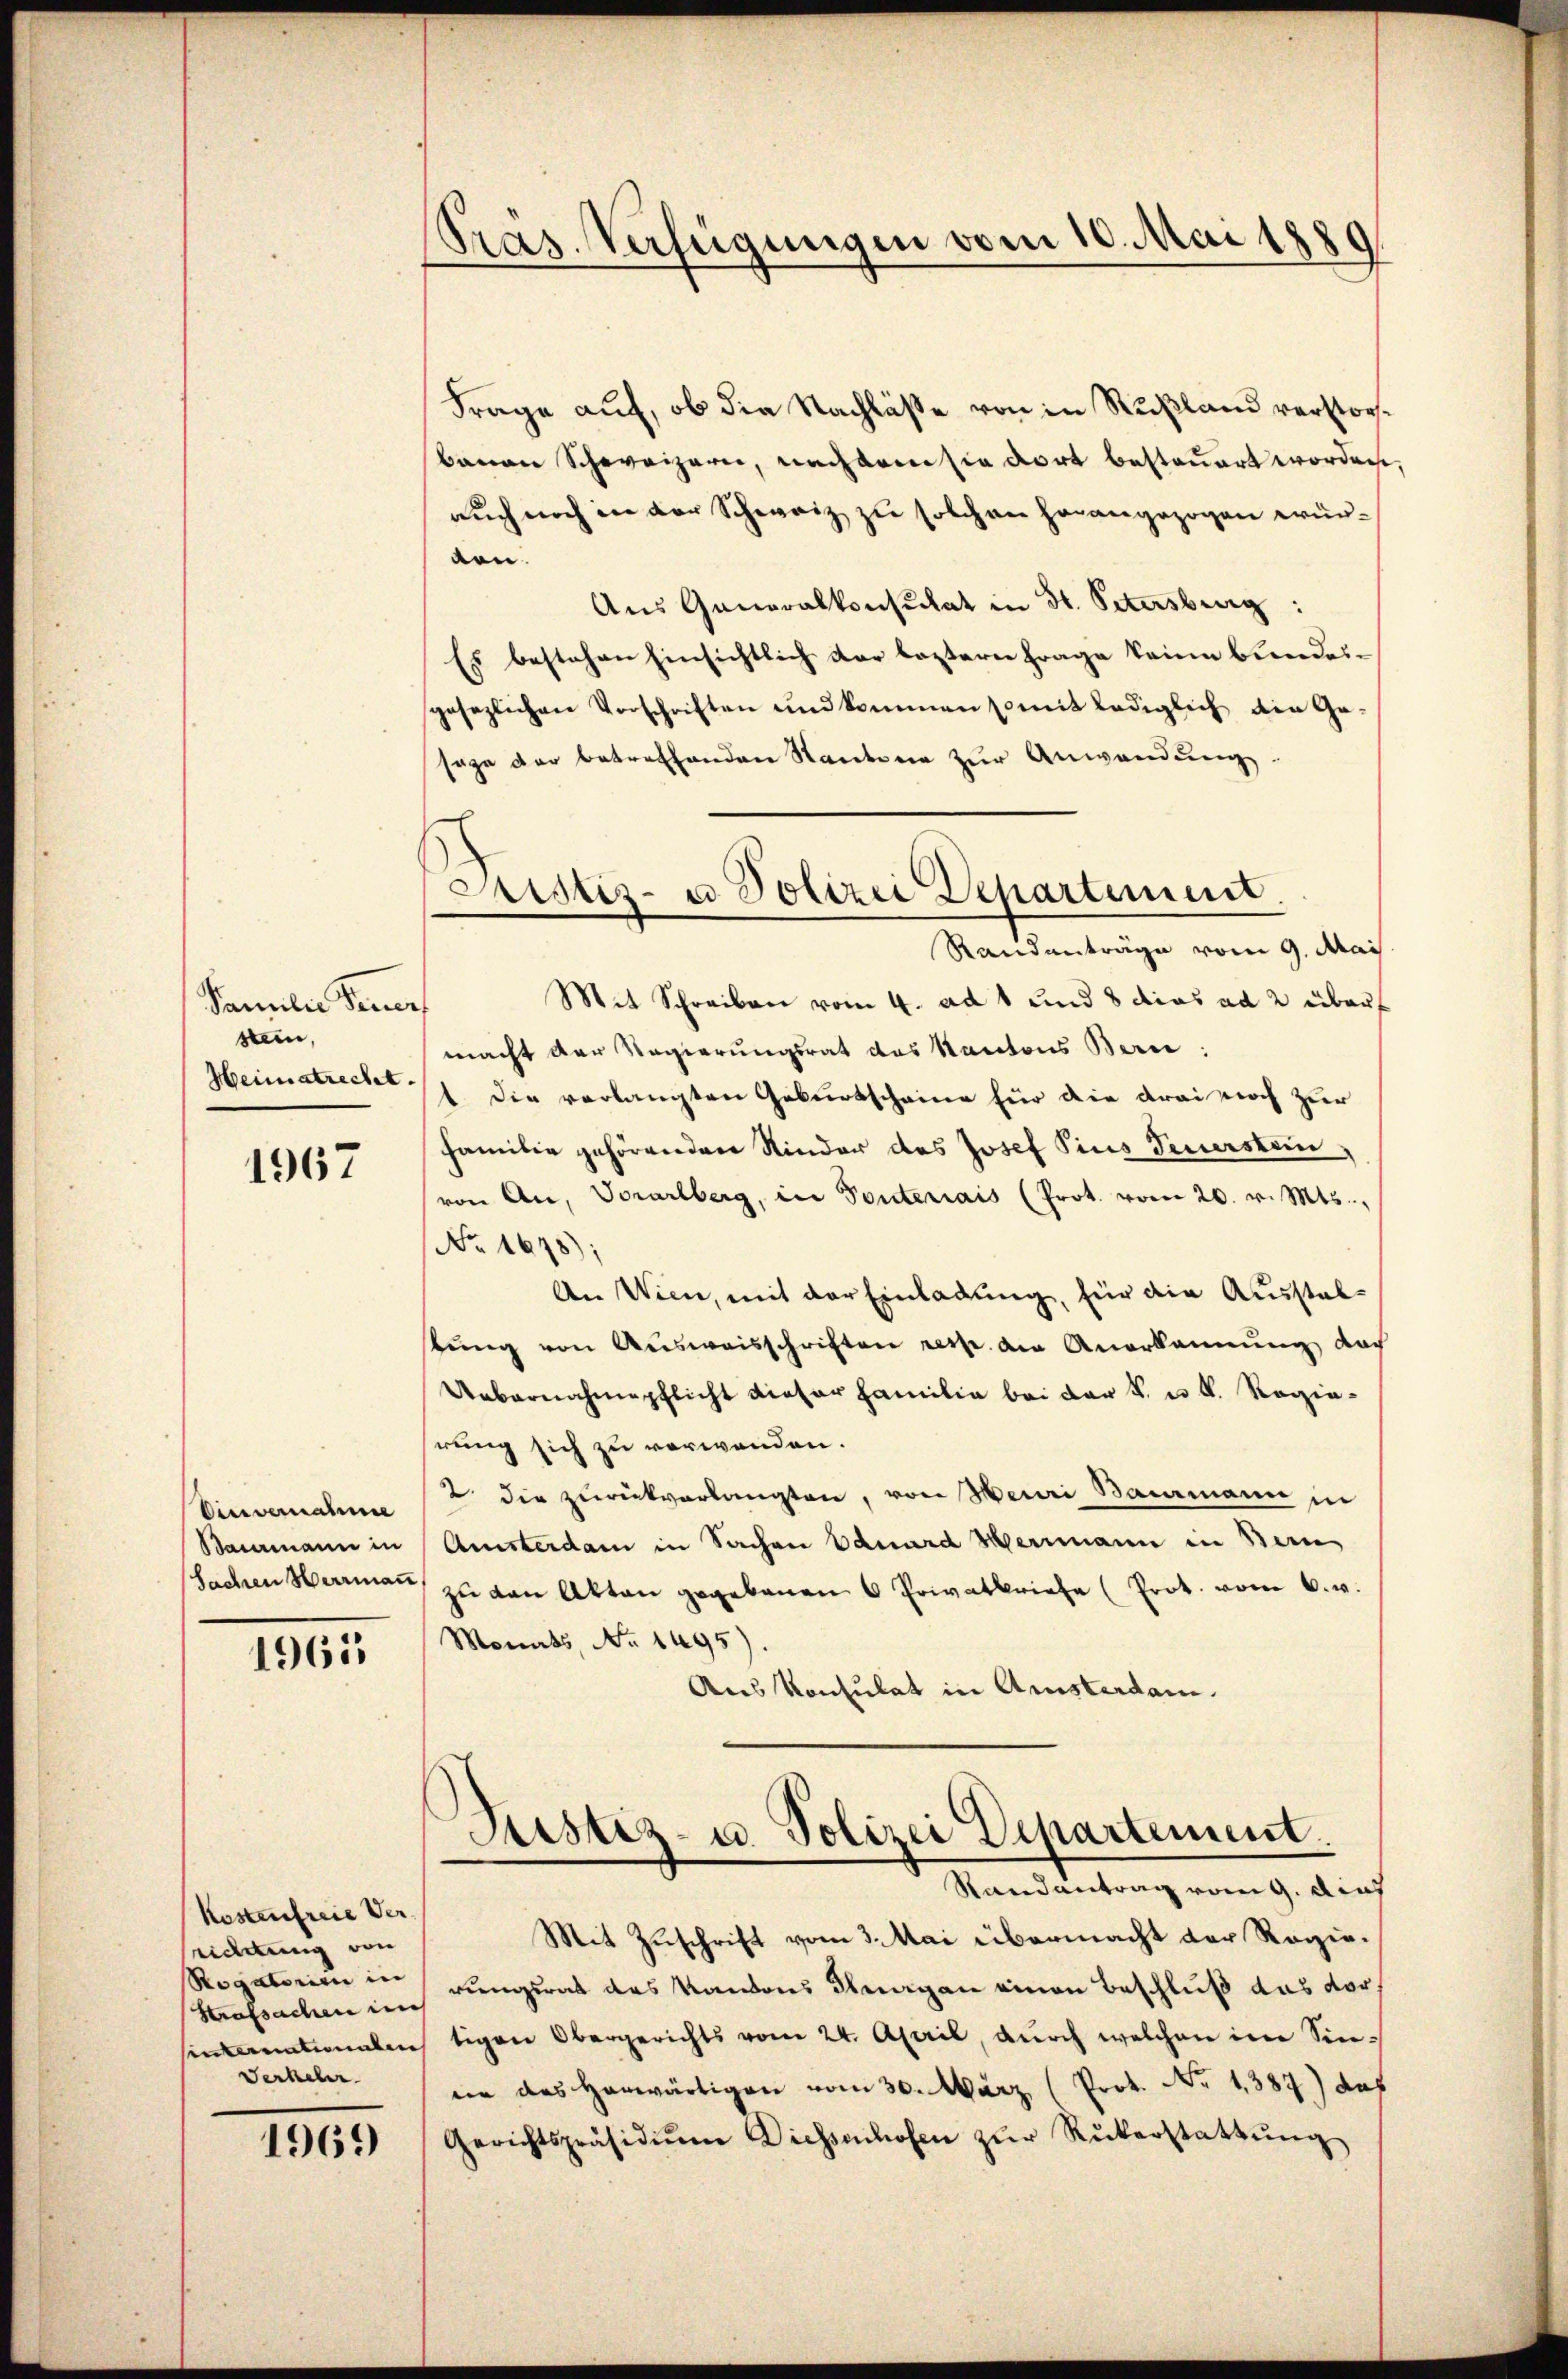
Familie Tenor
stein,
Heimatrecht.

1967

Einvernahme

1965

Kostenfreie Verseidetung von
Rogatorien in
Strafsachen in
Verheler.

1969)

Präs. Verfügungen vom 10. Mai 1889

Frage auf, ob die Nachlässe von in Rußland verstor¬
Bauan Schweizern, nachdem sie dort besteuert worden,
auch noch in der Schweiz zu solchen herangezogen würden.
Aus Generalkonsulat in St. Petersburg:
Es bestehen Einsichtlich der leztern Frage keine bundes-
gesezlichen Vorschriften und kommen somit lediglich ain Ge-
sage der betreffenden Kantone zur Anwendung.
Mit Schreiben vom 4. ad 1 und 8 dies ad 2 überf
macht der Regierungsrat des Kantons Bern:
1. Die verlangten Geburtscheine für die drei noch zur
Familie gehörenden Kinder des Josef Pius Feuersten,
von An, Vorarlberg, in Ponteriais (Prot. vom 20. v. Mts.,
No 1648):
An Wien, mit der Einladung, für die Ausstaltŭng von Ausweisschriften resp. die Anerkannung nach
Uebernahmepflicht dieser Familie bei der k. u. k. Regierung sich zu verwenden.
2 die zurückverlangten, von Meiri Baumann in
Baiamann in Amsterdam in Sachen Eduard Hermann in Bern
sachen Herrmaṅ zŭ von Akten gegebenen 6 Privatbriefe (Prot. vom 6. v.
Monats, No. 1495).
Aus Konsulat in Amsterdam.

Justiz- u Polizei Departement.
Randanträge vom 9. Mai.

Justiz- u. Polizei Departement.
Randantrag vom 9. Auf

Mit Zuschrift vom 3. Mai übermacht der Regierungsrat das Kantons Thurgau einen Beschluß das vorsinternationalen tigen Obergerichts vom 24. April, durch welchen im Sinne das herwärtigen vom 30. März (Prot. No 1387) das
Gerichtspräsidiŭm Diessenhofen zŭr Rükerstattŭng